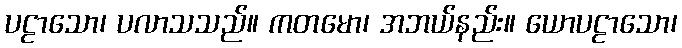
ပဠာသော၊ ပလာသသည်။ ကတမော၊ အဘယ်နည်း။ ယောပဠာသော၊